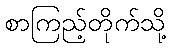
စာကြည့်တိုက်သို့